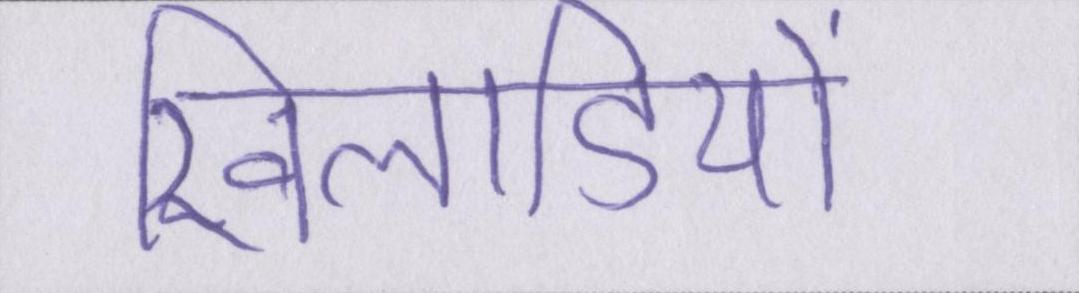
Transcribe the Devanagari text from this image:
खिलाडियों